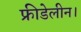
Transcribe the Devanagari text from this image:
फ्रीडेलीन।